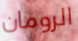
الرومان